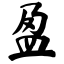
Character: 盈